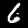
Label: 6